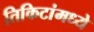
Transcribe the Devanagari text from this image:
तिकिटांमध्ये